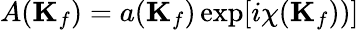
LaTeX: A(\mathbf{K}_{f})=a(\mathbf{K}_{f})\exp[i\chi(\mathbf{K}_{f}))]